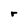
Character: r